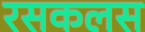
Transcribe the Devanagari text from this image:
रसकलस